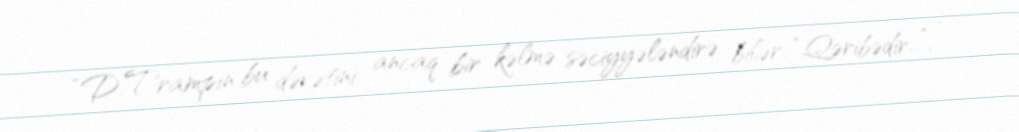
“D.Trampın bu dəvətini ancaq bir kəlmə səciyyələndirə bilər: “Qəribədir…”, -